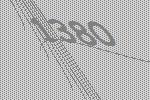
1380